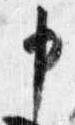
申